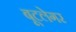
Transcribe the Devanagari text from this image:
बूटलेगर